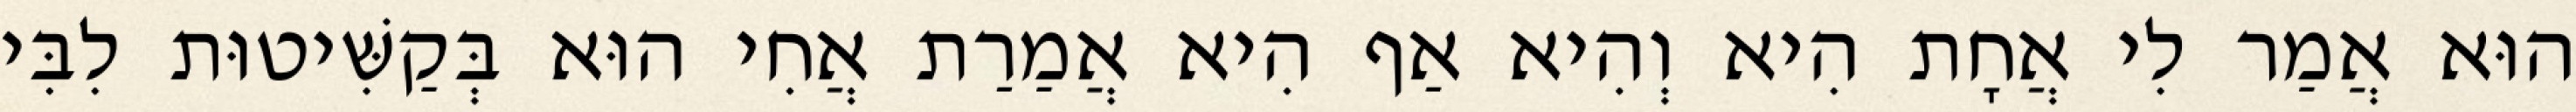
הוּא אֲמַר לִי אֲחָת הִיא וְהִיא אַף הִיא אֲמַרַת אֲחִי הוּא בְּקַשִּׁיטוּת לִבִּי